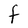
Character: F